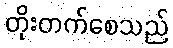
တိုးတက်စေသည်